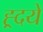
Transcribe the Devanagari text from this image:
ह्र्दये